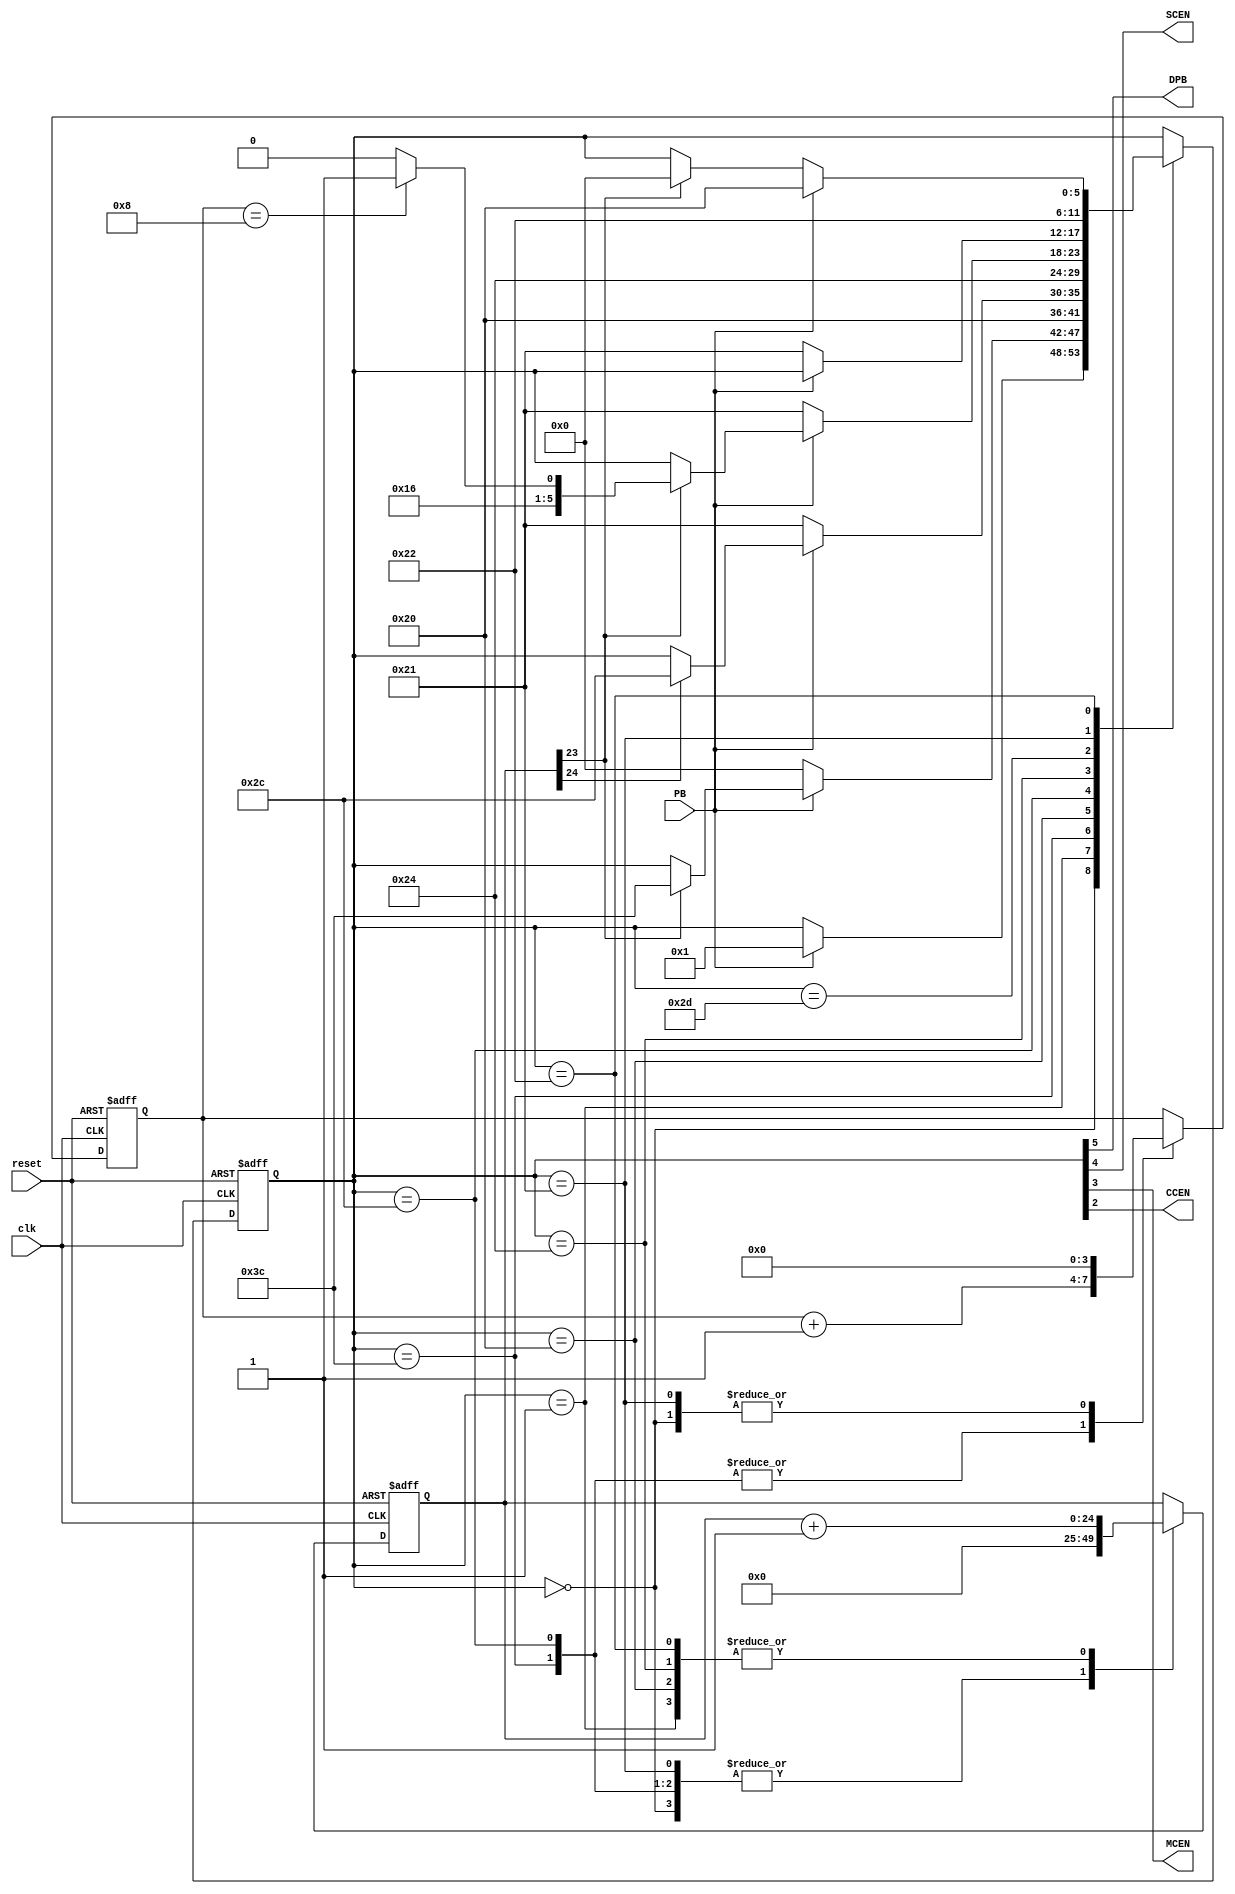
module debouncer (
    input wire clk,
    input wire reset,
    input wire PB,
    output wire DPB,
    output wire SCEN,
    output wire MCEN,
    output wire CCEN
);
    
parameter N_dc = 25;

(* fsm_encoding = "user" *)
reg [5:0] state;
// other items not controlled by the special attribute
reg [N_dc-1:0] debounce_count;
reg [3:0] MCEN_count;

assign {DPB, SCEN, MCEN, CCEN} = state[5:2];

//constants used for state naming // the don't cares are replaced here with zeros
localparam
 INI        = 6'b000000,
 WQ         = 6'b000001,
 SCEN_st    = 6'b111100,
 WH         = 6'b100000,
 MCEN_st    = 6'b101100,
 CCEN_st    = 6'b100100, 
 MCEN_cont  = 6'b101101,
 CCR        = 6'b100001,
 WFCR       = 6'b100010;
		      
//logic
always @ (posedge clk, posedge reset)
	begin : State_Machine
		
		if (reset)
		   begin
		      state <= INI;
		      debounce_count <= 'bx;
		      MCEN_count <= 4'bx;
		   end
		else 
		   begin
			   case (state)
				   INI: begin					
					     debounce_count <= 0;
					     MCEN_count <= 0;  
					     if (PB)
						   begin
							   state <= WQ;
						   end
			            end
			       WQ: begin
					   debounce_count <= debounce_count + 1;
			           if (!PB)
			             begin
			                state <= INI;
			             end
				       else if (debounce_count[N_dc-2]) // for N_dc of 25, it is debounce_count[23], i.e T = 0.084 sec for f = 100MHz
				         begin
				             state <= SCEN_st;
				         end
				      end
				   SCEN_st: begin
					  debounce_count <= 0;
				      MCEN_count <= MCEN_count + 1;
				      state <= WH;
				      end
				   
				   WH: begin
					  debounce_count <= debounce_count + 1;
				      if (!PB)
				         begin
								state <= CCR;
							end	
				      else if (debounce_count[N_dc-1]) // for N_dc of 25, it is debounce_count[24], i.e T = 0.168 sec for f = 100MHz
				         begin
								state <= MCEN_st;
							end
				      end
				      
				   MCEN_st: begin
					  debounce_count <= 0;
				      MCEN_count <= MCEN_count + 1;
				      state <= CCEN_st;
				      end
				   
				   CCEN_st: begin
					  debounce_count <= debounce_count + 1;
				      if (!PB)
				        begin
							state <= CCR;
						end
				      else if (debounce_count[N_dc-2]) // for N_dc of 25, it is debounce_count[23], i.e T = 0.084 sec for f = 100MHz
				        begin
				            if (MCEN_count == 4'b1000)
				                begin
									state <= MCEN_cont;
								end
				            else
				                begin
									state <= MCEN_st;
								end
				        end
				      end
				      
				   MCEN_cont: begin // remain here until the PB is released
					  if (!PB)
				         begin
								state <= CCR;
						 end
				      end
				   
				   CCR: begin
					  debounce_count <= 0;
				      MCEN_count <= 0;
				      state <= WFCR;
				      end
				   
				   WFCR: begin
					  debounce_count <= debounce_count + 1;
				      if (PB)
				         begin
								state <= WH;
							end
				      else if (debounce_count[N_dc-2])// for N_dc of 25, it is debounce_count[23], i.e T = 0.084 sec for f = 100MHz
				         begin
								state <= INI;
							end
				      end
				endcase		    
	      end
	end // State_Machine

endmodule